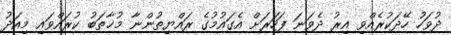
ދުވަހު ހޭދަކުރެއްވި އިރު ދެވަނަ ފަހަރަށް އެގައުމުގެ ރައްޔިތުންނާ މުޚާތަބު ކުރައްވައި މިއަދު